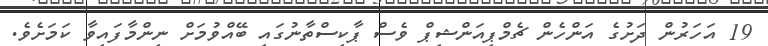
19 އަހަރުން ދަށުގެ އަންހެން ޗެމްޕިއަންޝިޕް ވެސް ޕާކިސްތާނުގައި ބޭއްވުމަށް ނިންމާފައިވާ ކަމަށެވެ.